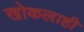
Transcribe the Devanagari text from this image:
खोकलाही